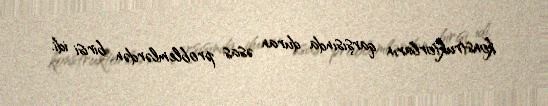
konstruktorların qarşısında duran əsas problemlərdən birisi idi.